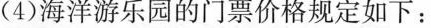
(4)海洋游乐园的门票价格规定如下：